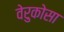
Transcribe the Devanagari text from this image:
वेरुकोसा